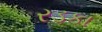
રડકા